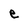
Character: e